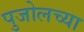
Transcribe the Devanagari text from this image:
पुजोलच्या